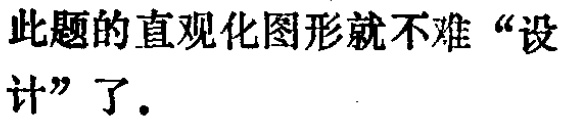
此题的直观化图形就不难“设计”了.